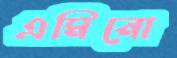
এমিনো